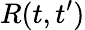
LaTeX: R(t,t^{\prime})